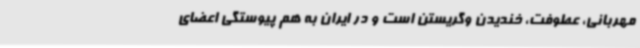
مهربانی، عطوفت، خندیدن وگریستن است و در ایران به هم پیوستگی اعضای